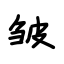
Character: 皱